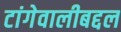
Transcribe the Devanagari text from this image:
टांगेवालीबद्दल